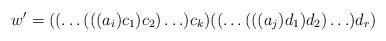
LaTeX: \begin{align*} w' = ((\ldots(((a_i)c_1)c_2)\ldots)c_k)((\ldots(((a_j)d_1)d_2)\ldots)d_r)\end{align*}